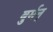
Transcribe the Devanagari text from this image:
बुर्मन्